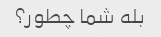
بله شما چطور؟